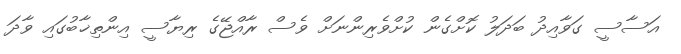
އަސާސީ ގަވާއިދު ބަދަލު ކޮށްގެން ކުށްވެރިންނަށް ވެސް ރާއްޖޭގެ ރިޔާސީ އިންތިޚާބުގައި ވާދަ